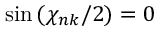
\sin { ( \chi _ { n k } / 2 ) } = 0